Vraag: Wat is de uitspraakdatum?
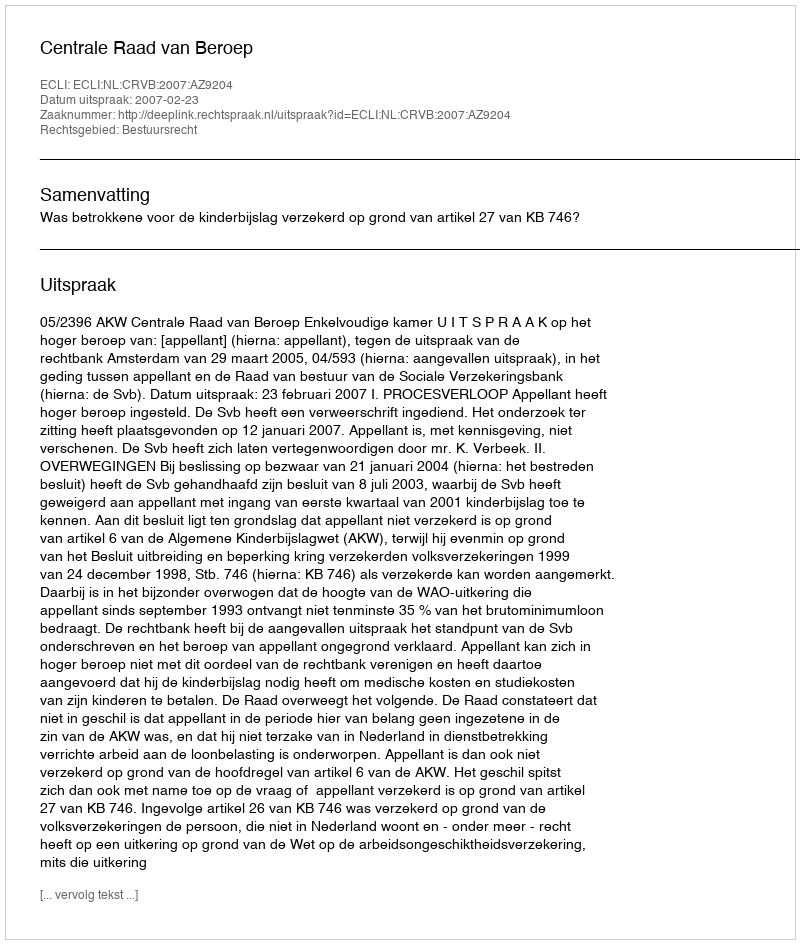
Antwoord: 2007-02-23